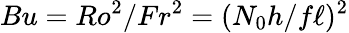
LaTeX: Bu=Ro^{2}/Fr^{2}=(N_{0}h/f\ell)^{2}